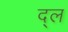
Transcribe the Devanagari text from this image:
द्ल